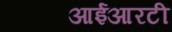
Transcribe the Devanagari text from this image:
आईआरटी